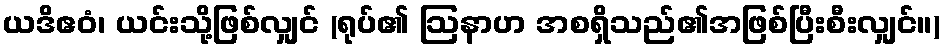
ယဒိဧဝံ၊ ယင်းသို့ဖြစ်လျှင် (ရုပ်၏ ဩနာဟ အစရှိသည်၏အဖြစ်ပြီးစီးလျှင်။)